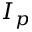
I _ { p }